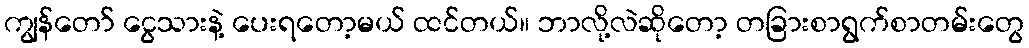
ကျွန်တော် ငွေသားနဲ့ ပေးရတော့မယ် ထင်တယ်။ ဘာလို့လဲဆိုတော့ တခြားစာရွက်စာတမ်းတွေ